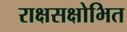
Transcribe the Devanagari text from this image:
राक्षसक्षोभित